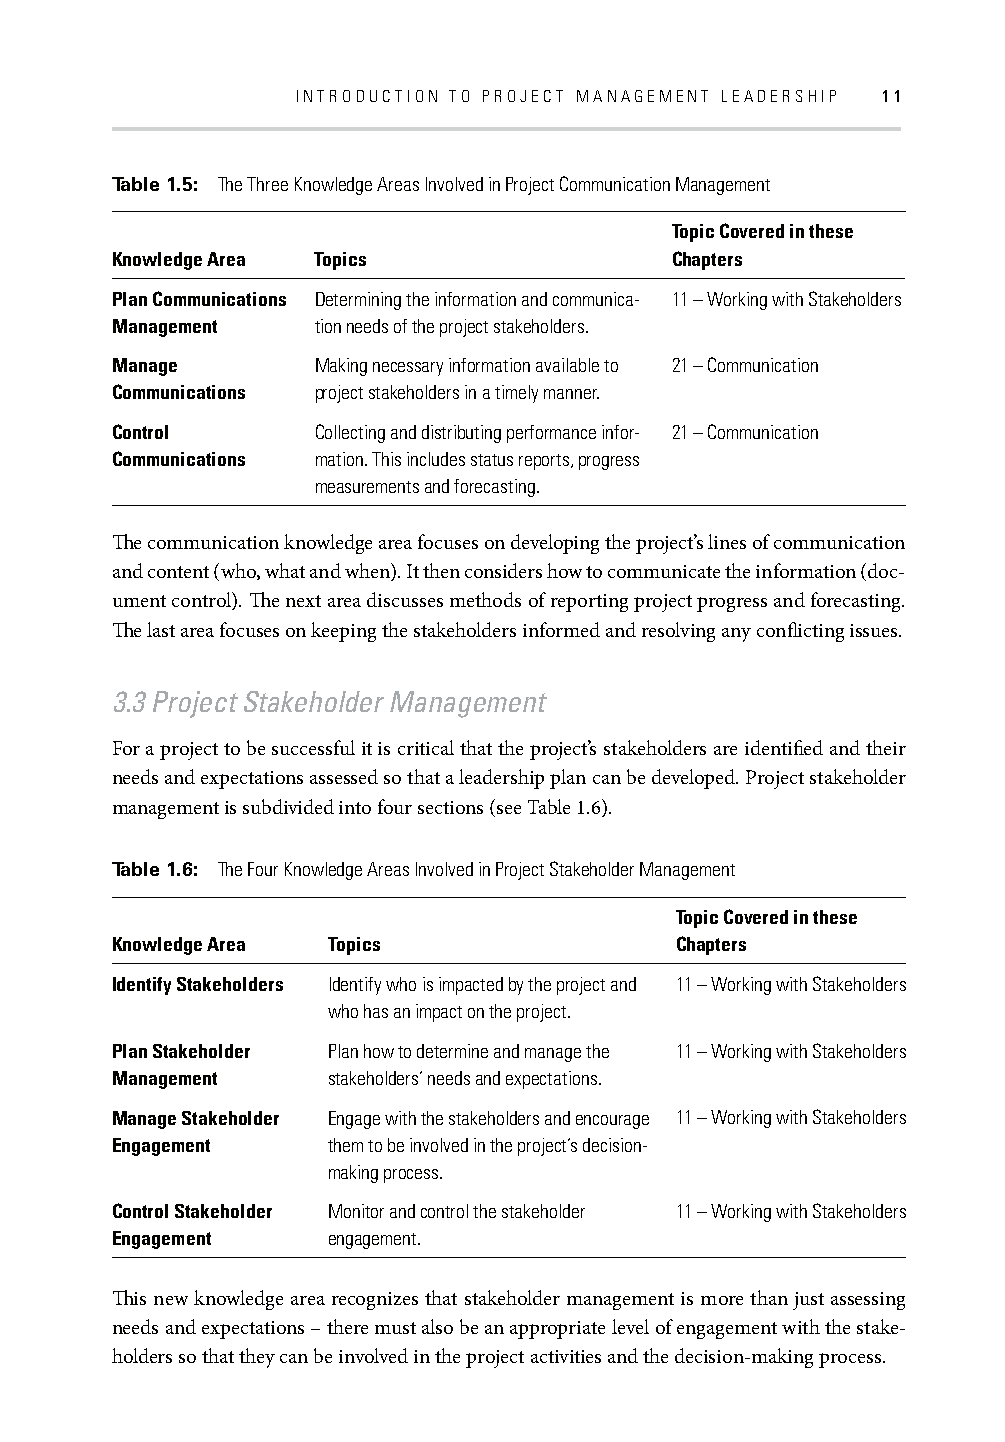
INTRODUCTION TO PROJECT MANAGEMENT LEADERSHIP 11
 Table 1.5: The Three Knowledge Areas Involved in Project Communication Management
 Topic Covered in these
 Knowledge Area Topics                Chapters
 Plan Communications Determining the information and communica- 11 – Working with Stakeholders
 Management    tion needs of the project stakeholders.
 Manage        Making necessary information available to 21 – Communication
 Communications project stakeholders in a timely manner.
 Control       Collecting and distributing performance infor- 21 – Communication
 Communications mation. This includes status reports, progress
 measurements and forecasting.
 Th e communication knowledge area focuses on developing the project’s lines of communication
 and content (who, what and when). It then considers how to communicate the information (doc-
 ument control). Th e next area discusses methods of reporting project progress and forecasting.
 Th e last area focuses on keeping the stakeholders informed and resolving any confl icting issues.
 3.3 Project Stakeholder Management
 For a project to be successful it is critical that the project’s stakeholders are identifi ed and their
 needs and expectations assessed so that a leadership plan can be developed. Project stakeholder
 management is subdivided into four sections (see Table 1.6).
 Table 1.6: The Four Knowledge Areas Involved in Project Stakeholder Management
 Topic Covered in these
 Knowledge Area Topics                 Chapters
 Identify Stakeholders Identify who is impacted by the project and 11 – Working with Stakeholders
 who has an impact on the project.
 Plan Stakeholder Plan how to determine and manage the 11 – Working with Stakeholders
 Management     stakeholders’ needs and expectations.
 Manage Stakeholder Engage with the stakeholders and encourage 11 – Working with Stakeholders
 Engagement     them to be involved in the project’s decision-
 making process.
 Control Stakeholder Monitor and control the stakeholder 11 – Working with Stakeholders
 Engagement     engagement.
 Th is new knowledge area recognizes that stakeholder management is more than just assessing
 needs and expectations – there must also be an appropriate level of engagement with the stake-
 holders so that they can be involved in the project activities and the decision-making process.